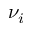
\nu _ { i }